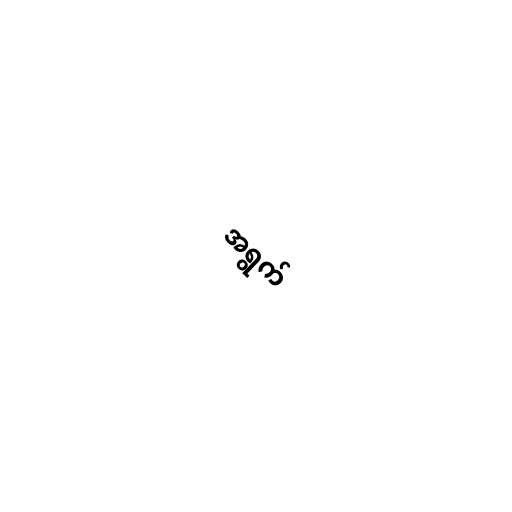
အရွက်